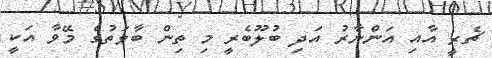
ޗެރީ އާއި އަންނާރު އަދި ބުލޫބެރީ މި ތިން ބާވަތުގެ މޭވާ އަކީ